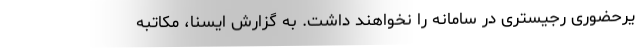
یرحضوری رجیستری در سامانه را نخواهند داشت. به گزارش ایسنا، مکاتبه